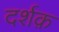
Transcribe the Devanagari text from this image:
दर्शक़